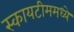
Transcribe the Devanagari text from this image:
स्कायटीममध्ये